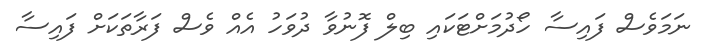
ނަމަވެސް ފައިސާ ހޯދުމަށްޓަކައި ބިލް ފޮނުވާ ދުވަހު އެއް ވެސް ފަރާތަކަށް ފައިސާ